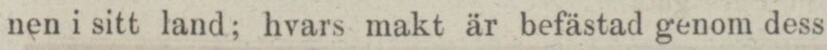
nen i sitt land; hvars makt är befästad genom dess